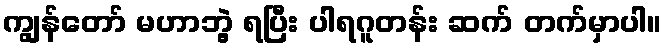
ကျွန်တော် မဟာဘွဲ့ ရပြီး ပါရဂူတန်း ဆက် တက်မှာပါ။